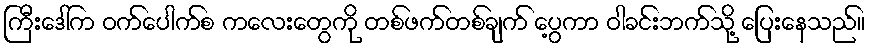
ကြီးဒေါ်က ဝက်ပေါက်စ ကလေးတွေကို တစ်ဖက်တစ်ချက် ပွေ့ကာ ဝါခင်းဘက်သို့ ပြေးနေသည်။